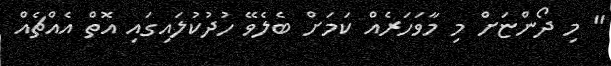
" މި ދޯންޏަށް މި މާވަހަރެއް ކަމަށް ބެލެވޭ ހުދުކުލައިގައި އޮތް އެއްޗެއް